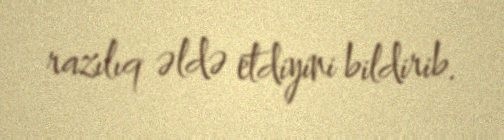
razılıq əldə etdiyini bildirib.